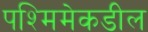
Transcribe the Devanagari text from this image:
पश्मिमेकडील